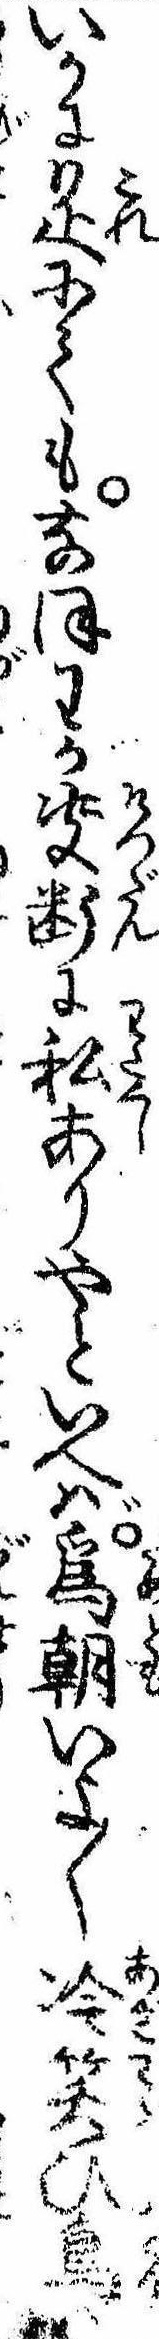
いかに是にてもなほわが決断に私ありやといへば為朝いよ〱冷笑ひ鳥は